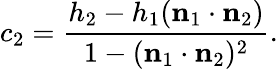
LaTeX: c_{2}={\frac{h_{2}-h_{1}(\mathbf{n}_{1}\cdot\mathbf{n}_{2})}{1-(\mathbf{n}_{1}\cdot\mathbf{n}_{2})^{2}}}.